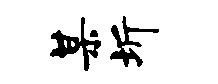
某圻